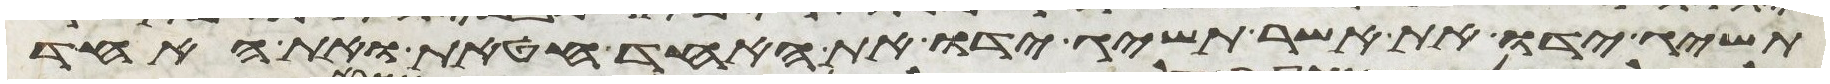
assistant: תשיג ידו את אשר תשיג ידו את האחד חטאת ואת האחד